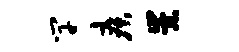
竿疾崇